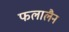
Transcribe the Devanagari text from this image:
फलालैन